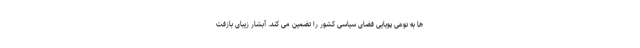
ها به نوعی پویایی فضای سیاسی کشور را تضمین می کند. آبشار زیبای بازفت